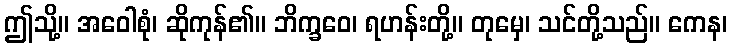
ဤသို့။ အဝေါစုံ၊ ဆိုကုန်၏။ ဘိက္ခဝေ၊ ရဟန်းတို့။ တုမှေ၊ သင်တို့သည်။ ကေန၊